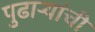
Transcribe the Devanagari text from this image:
पुढाऱ्यांची